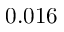
0 . 0 1 6